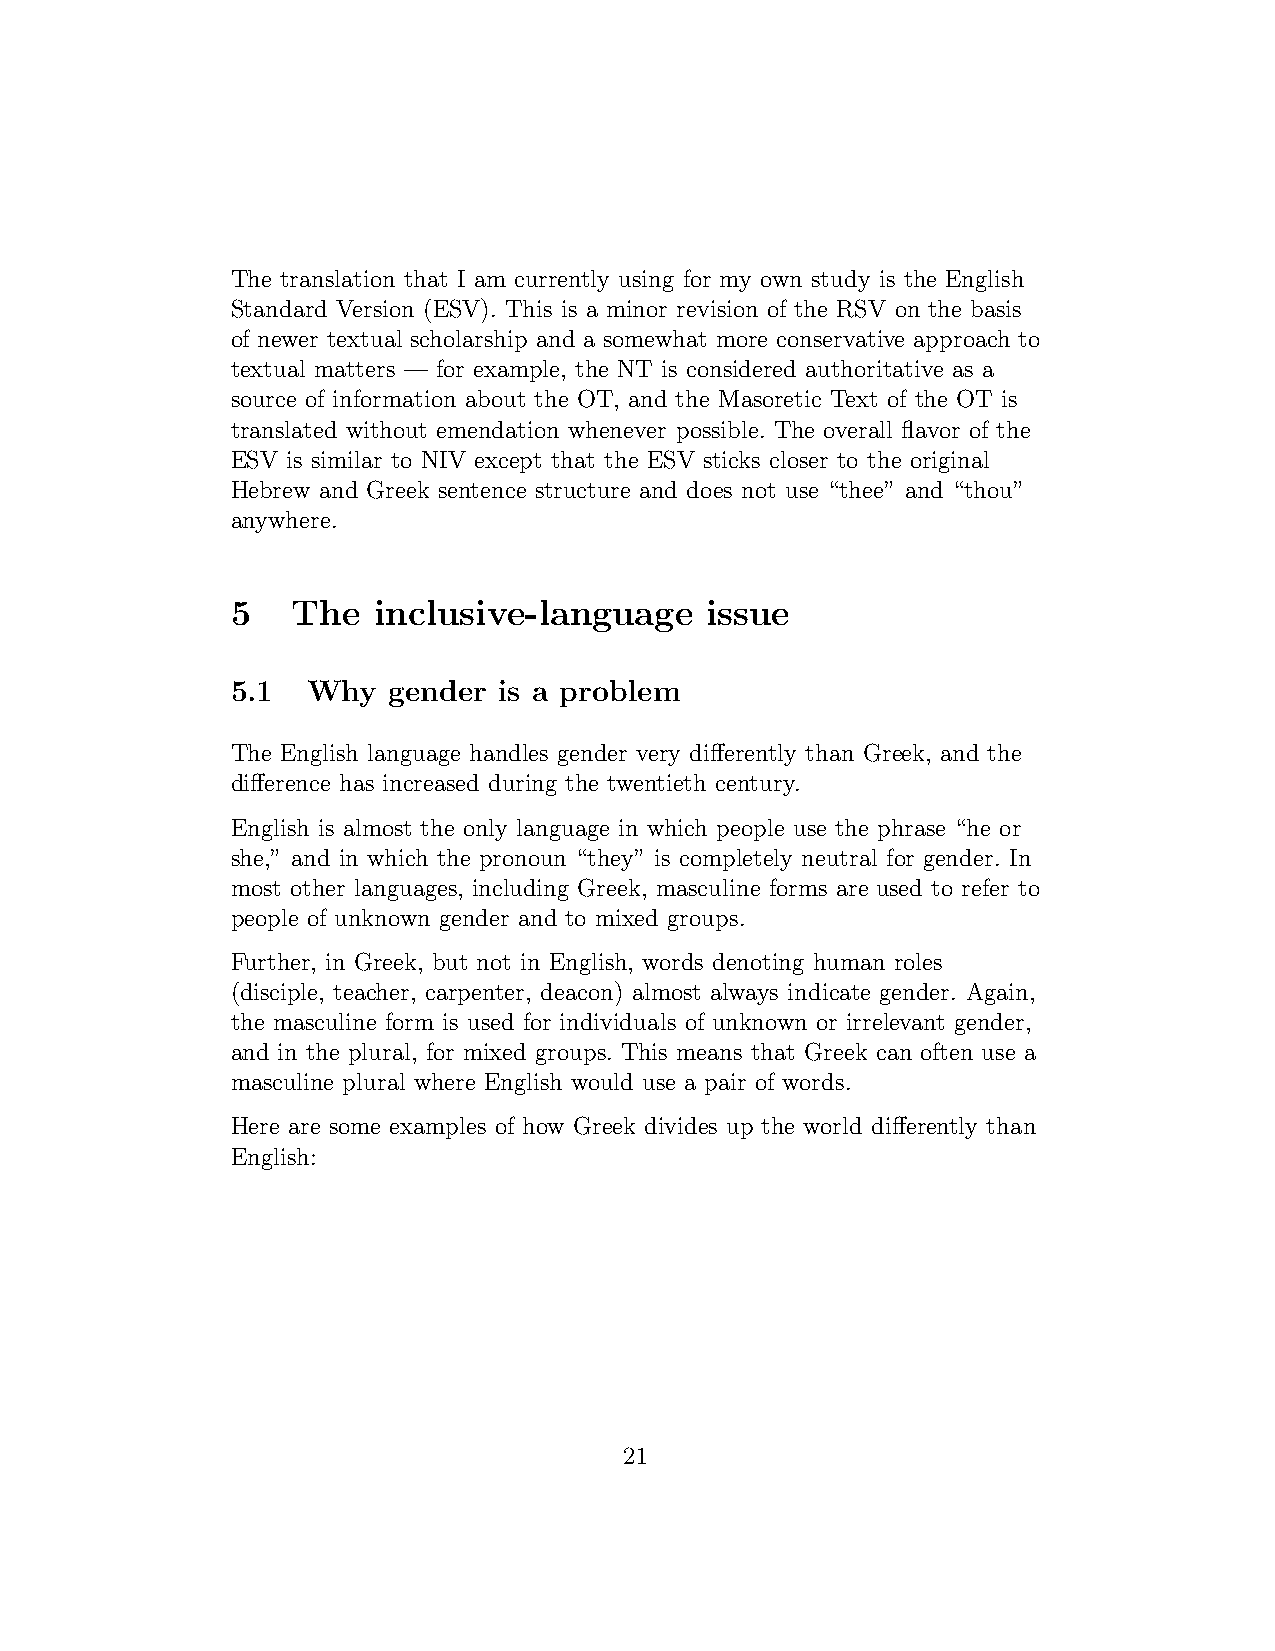
The translation that I am currently using for my own study is the English
 Standard Version (ESV). This is a minor revision of the RSV on the basis
 of newer textual scholarship and a somewhat more conservative approach to
 textual matters — for example, the NT is considered authoritative as a
 source of information about the OT, and the Masoretic Text of the OT is
 translated without emendation whenever possible. The overall flavor of the
 ESV is similar to NIV except that the ESV sticks closer to the original
 Hebrew and Greek sentence structure and does not use “thee” and “thou”
 anywhere.
 5   The   inclusive-language    issue
 5.1  Why   gender is a problem
 The English language handles gender very differently than Greek, and the
 difference has increased during the twentieth century.
 English is almost the only language in which people use the phrase “he or
 she,” and in which the pronoun “they” is completely neutral for gender. In
 most other languages, including Greek, masculine forms are used to refer to
 people of unknown gender and to mixed groups.
 Further, in Greek, but not in English, words denoting human roles
 (disciple, teacher, carpenter, deacon) almost always indicate gender. Again,
 the masculine form is used for individuals of unknown or irrelevant gender,
 and in the plural, for mixed groups. This means that Greek can often use a
 masculine plural where English would use a pair of words.
 Here are some examples of how Greek divides up the world differently than
 English:
 21